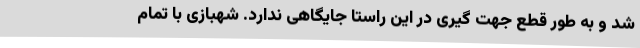
شد و به طور قطع جهت گیری در این راستا جایگاهی ندارد. شهبازی با تمام